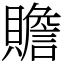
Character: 贍